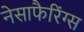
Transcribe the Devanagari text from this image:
नेसाफैरिंग्स